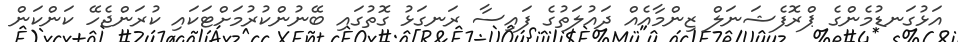
އަޅުގަނޑުމެންގެ ޕްރޮފެޝަނަލް ޒިންމާއެއް ދައުލަތުގެ ފައިސާ ރަނގަޅު ގޮތުގައި ބޭނުންކުރުމަށްޓަކައި ކުރަންޖެހޭ ކަންކަން